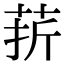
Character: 䓆